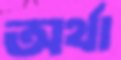
অর্থা